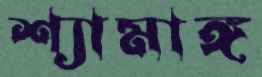
শ্যামাঙ্গ